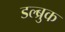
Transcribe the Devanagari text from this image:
डल्ब्रुक